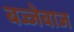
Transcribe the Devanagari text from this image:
बज्जेबाज